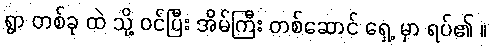
ရွာ တစ်ခု ထဲ သို့ ဝင်ပြီး အိမ်ကြီး တစ်ဆောင် ရှေ့ မှာ ရပ်၏ ။